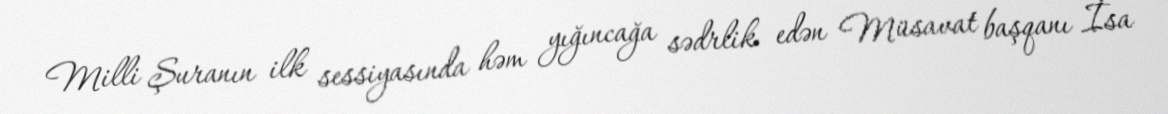
Milli Şuranın ilk sessiyasında həm yığıncağa sədrlik edən Müsavat başqanı İsa